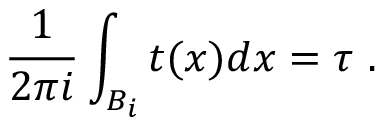
\frac { 1 } { 2 \pi i } \int _ { B _ { i } } t ( x ) d x = \tau \ .